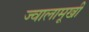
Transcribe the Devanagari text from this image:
ज्वालामूखी